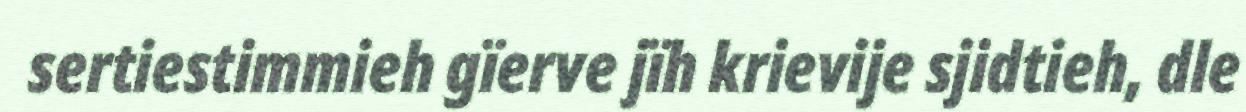
sertiestimmieh gïerve jïh krievije sjidtieh, dle